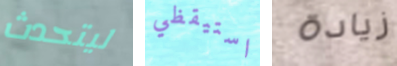
ليتحدث استيقظي زيادة